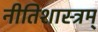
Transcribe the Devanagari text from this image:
नीतिशास्त्रम्‌